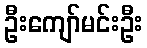
ဦးကျော်မင်းဦး